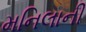
મનિલાની